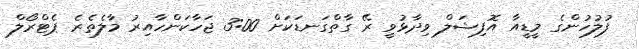
ފުލުހުންގެ މީޑީއާ އޮފިޝަލް ވިދާޅުވީ ރޭ ގާތްގަނޑަކަށް 3:00 ޖަހާކަންހާއިރު މާލެތެރެ ޕެޓްރޯލް